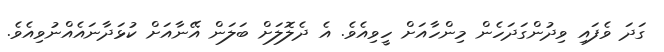
ގަދަ ވެފައި ވިދުންގަދަހެން މިންހާއަށް ހީވިއެވެ. އެ ދެލޮލަށް ބަލަން އޭނާއަށް ކުޅަދާނައެއްނުވިއެވެ.